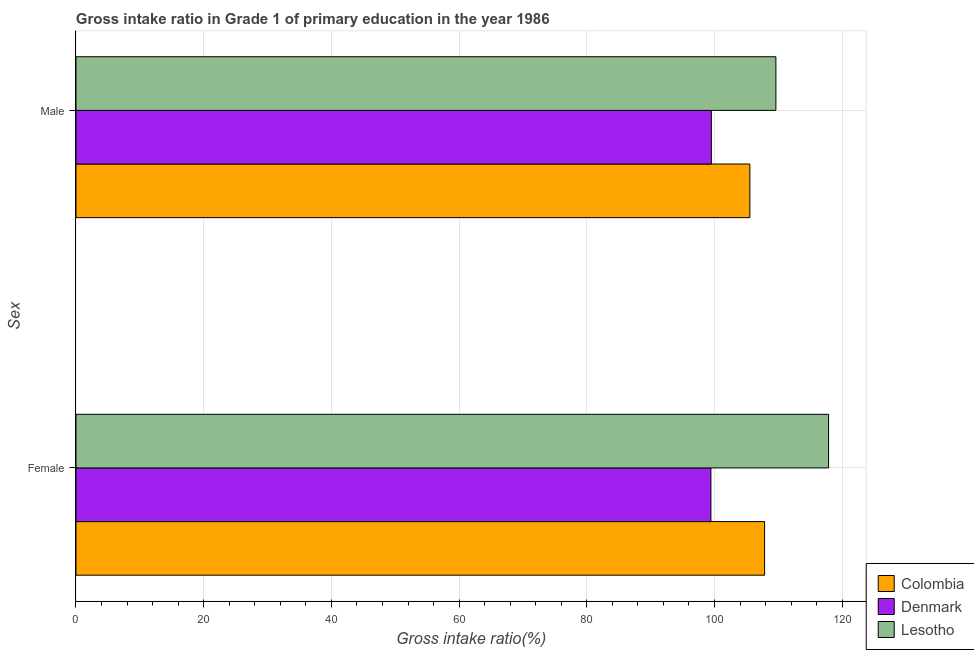
| Sex | Colombia | Denmark | Lesotho |
 | --- | --- | --- | --- |
 | Female | 108 | 99.4 | 118 |
 | Male | 106 | 99.5 | 110 |